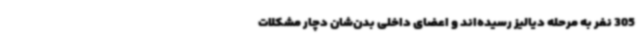
305 نفر به مرحله دیالیز رسیده‌اند و اعضای داخلی بدن‌شان دچار مشکلات